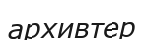
архивтер